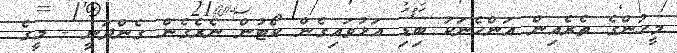
މީހުންގެ ތެރެއިން އަންހެނަކު ބިޑި އަޅުވައިގެން ކޯޓުން ނެރެގެން ގެންދަނީ - މީގެ